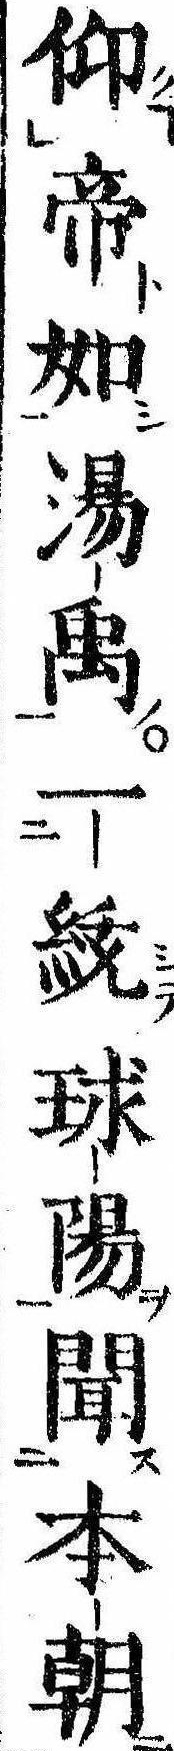
仰帝如湯禹一統球陽聞本朝